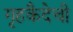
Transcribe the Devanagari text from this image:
गृहकैदेची